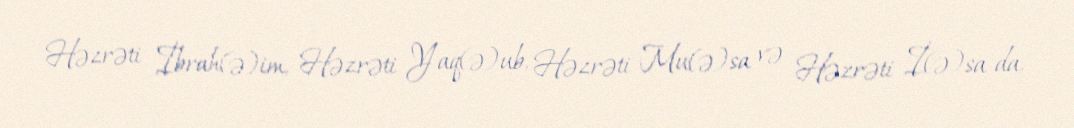
Həzrəti İbrah(ə)im, Həzrəti Yaq(ə)ub, Həzrəti Mu(ə)sa və Həzrəti İ(ə)sa da,